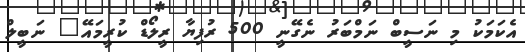
އެކަމަކު މި ނަސީބް ނަމްބަރު ނެގޭނީ 500 ރުފިޔާ ރީލޯޑް ކުރީމައޭ" ނަބީލް